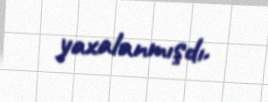
yaxalanmışdı.